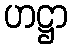
ဟဋ္ဌာ